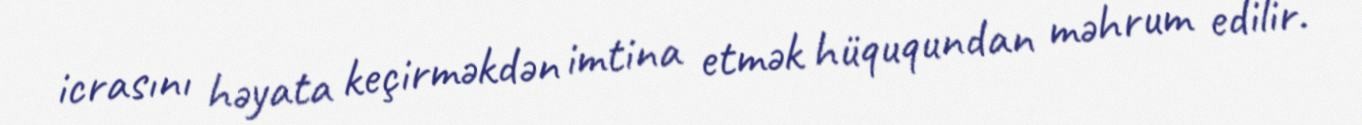
icrasını həyata keçirməkdən imtina etmək hüququndan məhrum edilir.